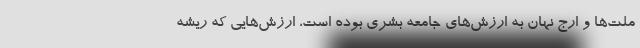
ملت‌ها و ارج نهان به ارزش‌هاي جامعه بشري بوده است، ارزش‌هايي كه ريشه